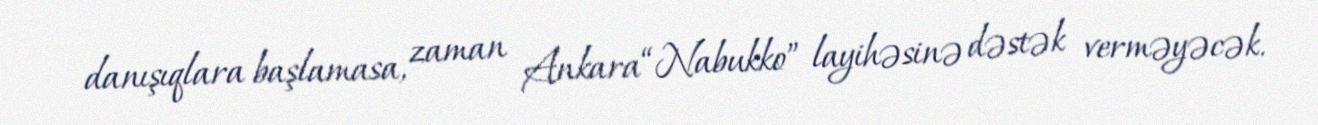
danışıqlara başlamasa, zaman Ankara “Nabukko” layihəsinə dəstək verməyəcək.